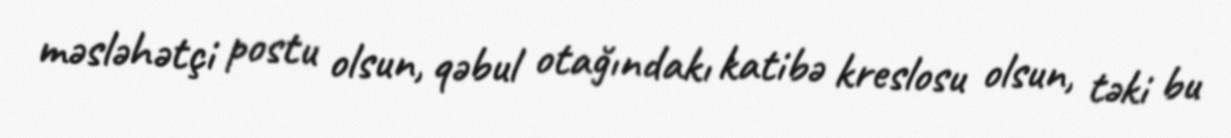
məsləhətçi postu olsun, qəbul otağındakı katibə kreslosu olsun, təki bu